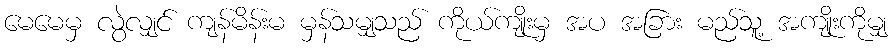
မေမေမှ လွဲလျှင် ကျန်မိန်းမ မှန်သမျှသည် ကိုယ်ကျိုးမှ အပ အခြား မည်သူ့ အကျိုးကိုမျှ